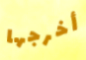
أخرجها